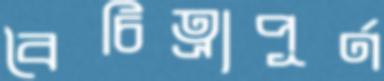
বৈচিত্র্যপূর্ণ